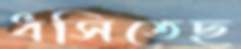
ধসিতেছ